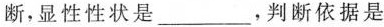
断，显性性状是___，判断依据是